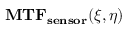
\mathbf { M T F _ { s e n s o r } } ( \xi , \eta )